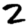
Digit: 2